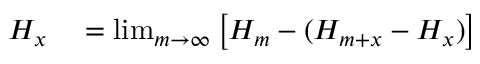
\begin{array} { r l } { H _ { x } } & { { } = \operatorname* { l i m } _ { m \rightarrow \infty } \left[ H _ { m } - ( H _ { m + x } - H _ { x } ) \right] } \end{array}